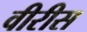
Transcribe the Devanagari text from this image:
वीरीस